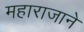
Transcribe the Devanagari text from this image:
महाराजाने